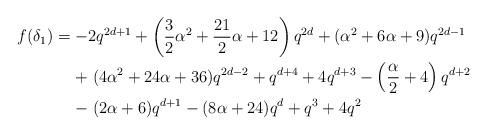
LaTeX: \begin{align*}f(\delta_1) &=-2q^{2d+1}+\left(\frac{3}{2}\alpha^2+\frac{21}{2}\alpha+12\right)q^{2d}+(\alpha^2+6\alpha+9)q^{2d-1}\\ &\hphantom{\le{}}\mathrel{+}(4\alpha^2+24\alpha+36)q^{2d-2}+q^{d+4}+4q^{d+3}-\left(\frac{\alpha}{2}+4\right)q^{d+2}\\&\hphantom{\le{}}\mathrel{-}(2\alpha+6)q^{d+1}-(8\alpha+24)q^d+q^3+4q^2\end{align*}